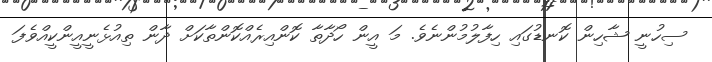
ސިހުނީ ޝާހިން ކޮނޑުގައި ހިފާލުމުންނެވެ. މަ އީން ހޯދާތާ ކޮންއިރެއްކޮންތާކަށް ދާން ތިއުޅެނީއީންކީއްވެފަ